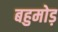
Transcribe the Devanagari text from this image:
बहुमोड़